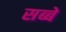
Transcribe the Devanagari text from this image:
सब्बे